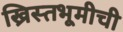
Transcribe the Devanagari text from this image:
ख्रिस्तभूमीची